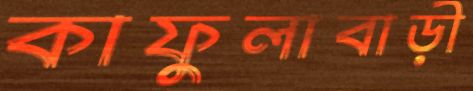
কাফুলাবাড়ী